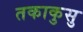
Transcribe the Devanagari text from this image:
तकाकुसु